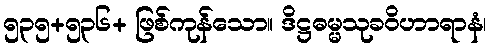
၅၃၅+၅၃၆+ ဖြစ်ကုန်သော။ ဒိဋ္ဌဓမ္မသုခဝိဟာရာနံ၊